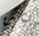
نحن